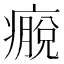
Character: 𰤀